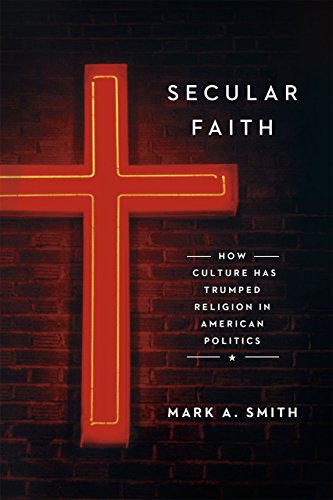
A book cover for Secular Faith: How Culture Has Trumped Religion in American Politics; Mark A. Smith; Religion & Spirituality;